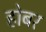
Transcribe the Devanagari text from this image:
होबर